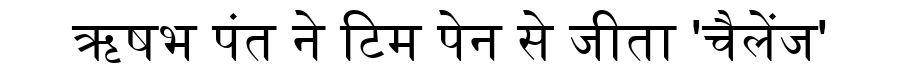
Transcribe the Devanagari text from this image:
ऋषभ पंत ने टिम पेन से जीता 'चैलेंज'